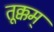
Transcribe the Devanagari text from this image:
तूक्कम्